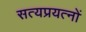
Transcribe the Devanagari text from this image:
सत्यप्रयत्नों